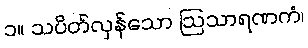
၁။ သပိတ်လှန်သော ဩသာရဏကံ၊